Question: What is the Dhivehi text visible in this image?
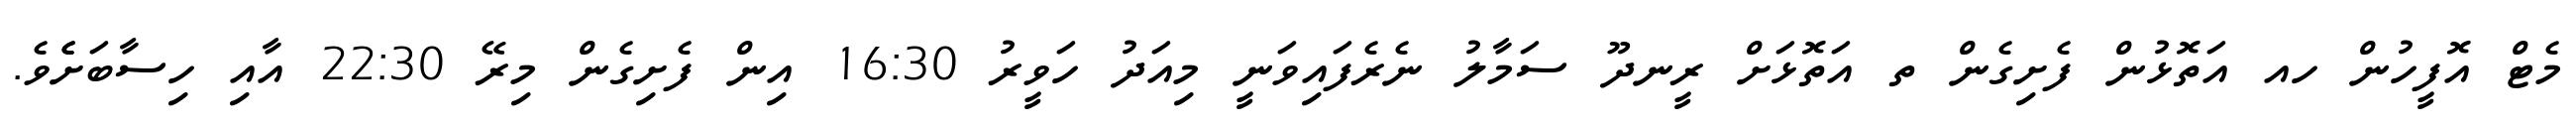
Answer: މެޓް އޮފީހުން ހއ އަތޮޅުން ފެށިގެން ތ އަތޮޅަށް ރީނދޫ ސަމާލު ނެރެފައިވަނީ މިއަދު ހަވީރު 16:30 އިން ފެށިގެން މިރޭ 22:30 އާއި ހިސާބަށެެވެ.